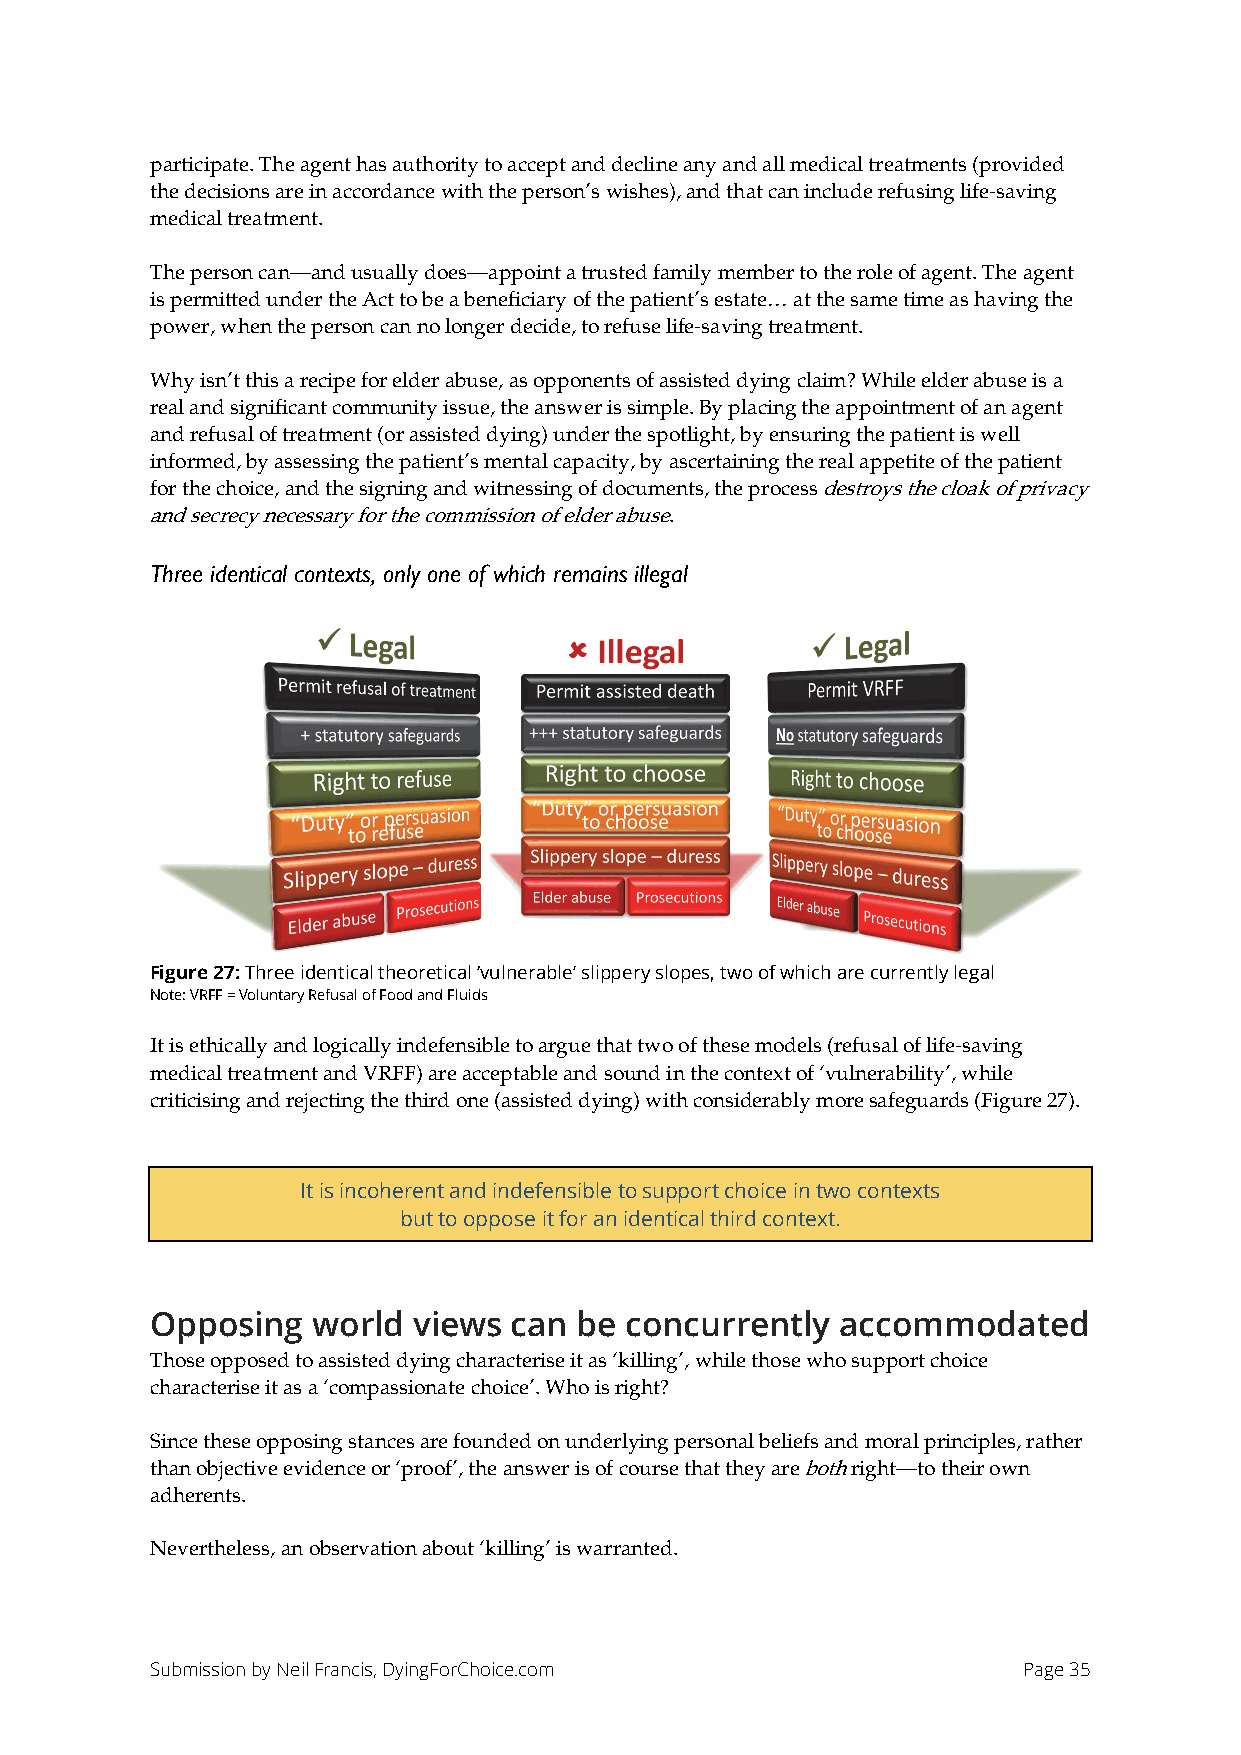
participate. The agent has authority to accept and decline any and all medical treatments (provided
 the decisions are in accordance with the person’s wishes), and that can include refusing life-saving
 medical treatment.
 The person can—and usually does—appoint a trusted family member to the role of agent. The agent
 is permitted under the Act to be a beneficiary of the patient’s estate… at the same time as having the
 power, when the person can no longer decide, to refuse life-saving treatment.
 Why isn’t this a recipe for elder abuse, as opponents of assisted dying claim? While elder abuse is a
 real and significant community issue, the answer is simple. By placing the appointment of an agent
 and refusal of treatment (or assisted dying) under the spotlight, by ensuring the patient is well
 informed, by assessing the patient’s mental capacity, by ascertaining the real appetite of the patient
 for the choice, and the signing and witnessing of documents, the process destroys the cloak of privacy
 and secrecy necessary for the commission of elder abuse.
 Three identical contexts, only one of which remains illegal
 Figure 27: Three identical theoretical ‘vulnerable’ slippery slopes, two of which are currently legal
 Note: VRFF = Voluntary Refusal of Food and Fluids
 It is ethically and logically indefensible to argue that two of these models (refusal of life-saving
 medical treatment and VRFF) are acceptable and sound in the context of ‘vulnerability’, while
 criticising and rejecting the third one (assisted dying) with considerably more safeguards (Figure 27).
 It is incoherent and indefensible to support choice in two contexts
 but to oppose it for an identical third context.
 Opposing   world views  can be concurrently   accommodated
 Those opposed to assisted dying characterise it as ‘killing’, while those who support choice
 characterise it as a ‘compassionate choice’. Who is right?
 Since these opposing stances are founded on underlying personal beliefs and moral principles, rather
 than objective evidence or ‘proof’, the answer is of course that they are both right—to their own
 adherents.
 Nevertheless, an observation about ‘killing’ is warranted.
 Submission by Neil Francis, DyingForChoice.com            Page 35